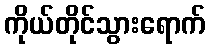
ကိုယ်တိုင်သွားရောက်